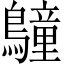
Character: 𪆏